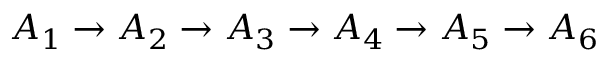
A _ { 1 } \to A _ { 2 } \to A _ { 3 } \to A _ { 4 } \to A _ { 5 } \to A _ { 6 }